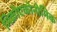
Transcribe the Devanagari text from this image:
मिक्रोएकोनोमिक